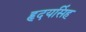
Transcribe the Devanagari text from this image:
हृदयसिंह